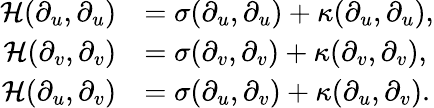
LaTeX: \begin{array}{rl}{\mathcal{H}(\partial_{u},\partial_{u})}&{=\sigma(\partial_{u},\partial_{u})+\kappa(\partial_{u},\partial_{u}),}\\ {\mathcal{H}(\partial_{v},\partial_{v})}&{=\sigma(\partial_{v},\partial_{v})+\kappa(\partial_{v},\partial_{v}),}\\ {\mathcal{H}(\partial_{u},\partial_{v})}&{=\sigma(\partial_{u},\partial_{v})+\kappa(\partial_{u},\partial_{v}).}\end{array}